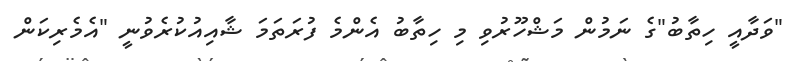
"ވަދާއީ ހިތާބު"ގެ ނަމުން މަޝްހޫރުވި މި ހިތާބު އެންމެ ފުރަތަމަ ޝާއިއުކުރެވުނީ "އެމެރިކަން